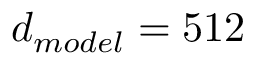
d _ { m o d e l } = 5 1 2